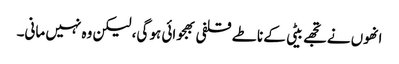
انھوں نے تجھے بیٹی کے ناطے قلفی بھجوائی ہو گی، لیکن وہ نہیں مانی۔